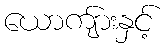
ယောကျ်ားနှင့်